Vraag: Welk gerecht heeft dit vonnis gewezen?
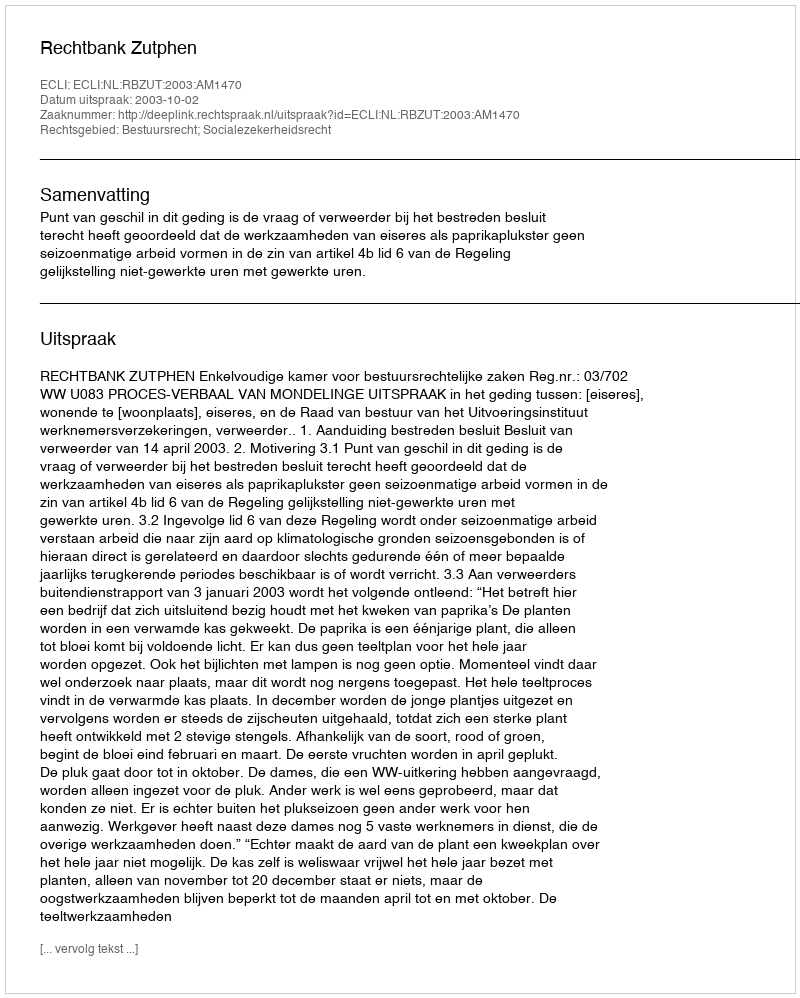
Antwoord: Rechtbank Zutphen